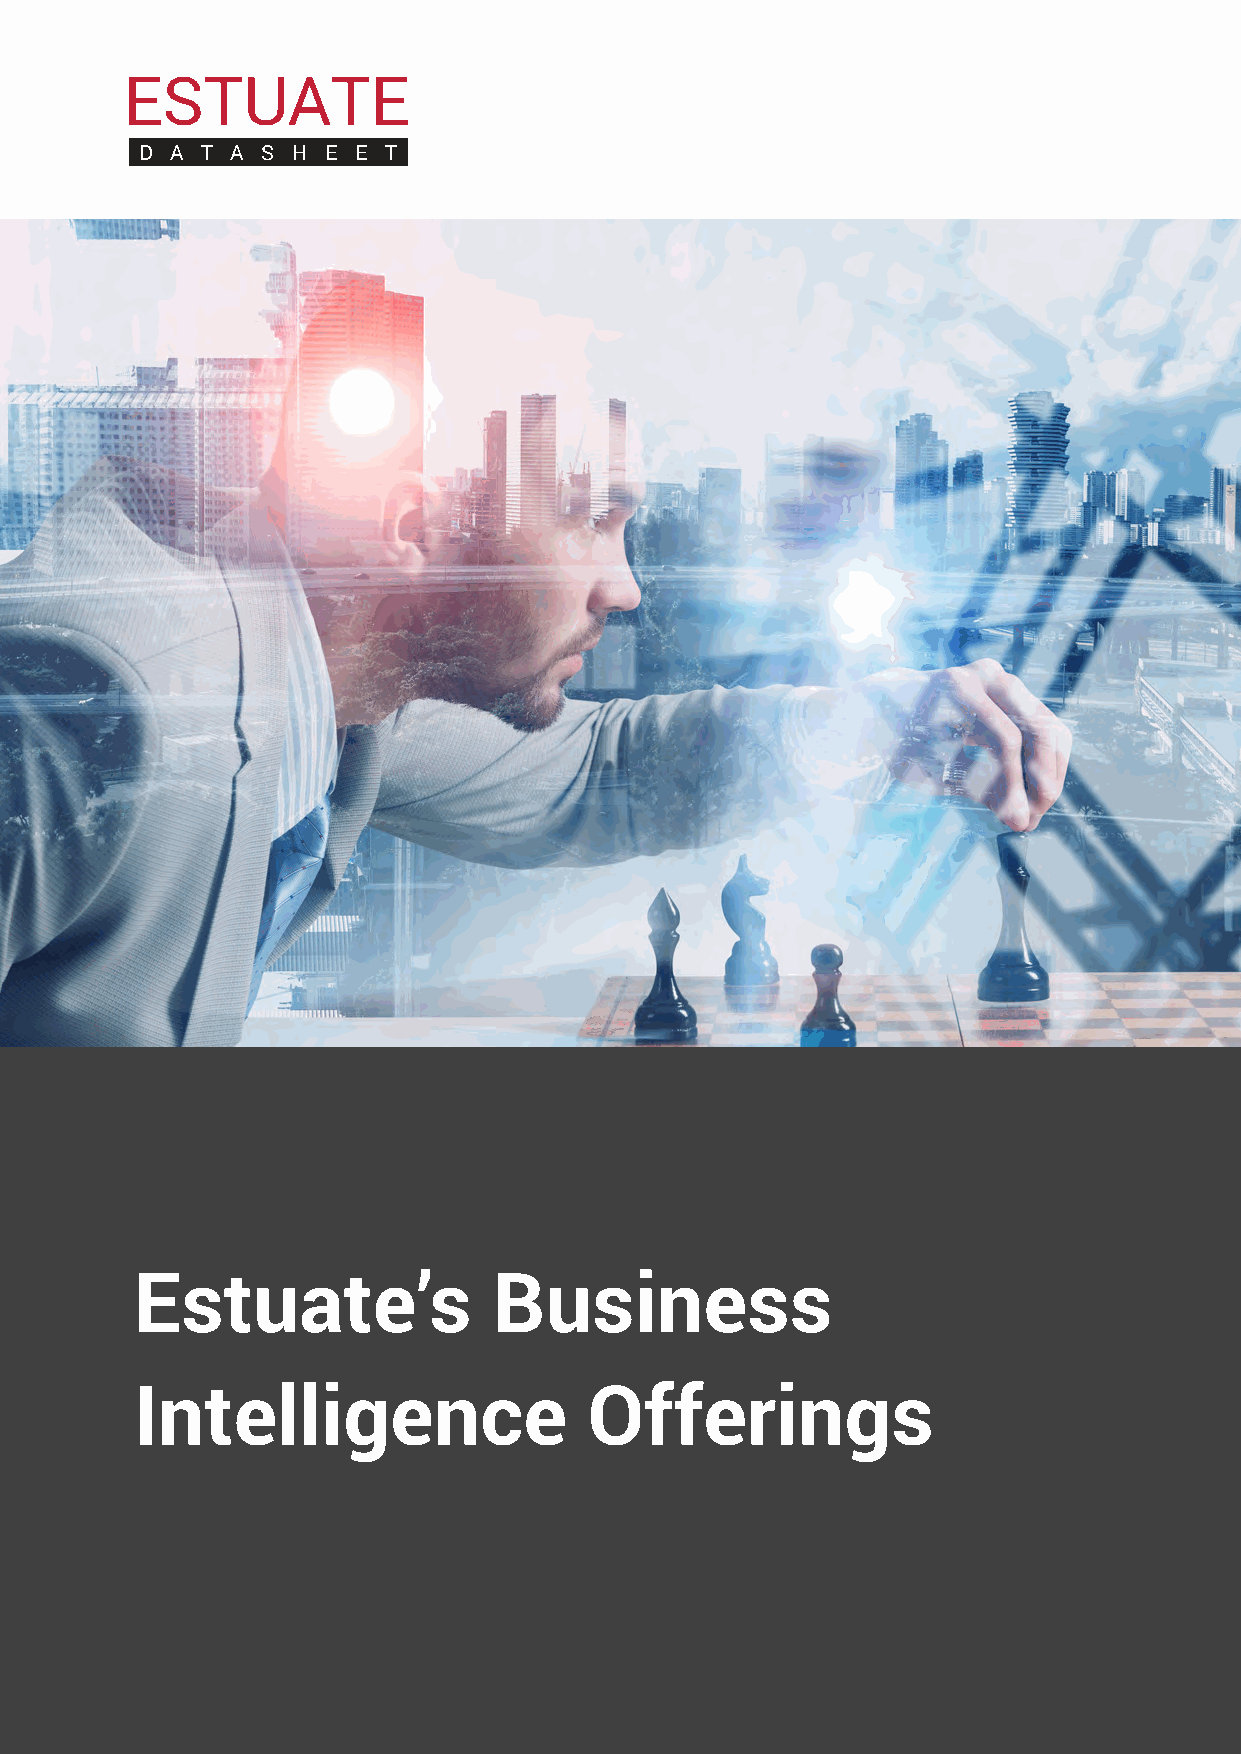
D A T A S H  E E T
 Estuate’s               Business
 Intelligence                  Offerings